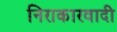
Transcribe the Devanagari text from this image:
निराकारवादी